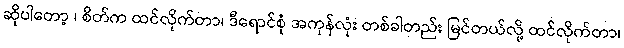
ဆိုပါတော့ ၊ စိတ်က ထင်လိုက်တာ၊ ဒီရောင်စုံ အကုန်လုံး တစ်ခါတည်း မြင်တယ်လို့ ထင်လိုက်တာ၊